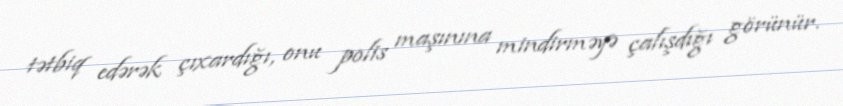
tətbiq edərək çıxardığı, onu polis maşınına mindirməyə çalışdığı görünür.